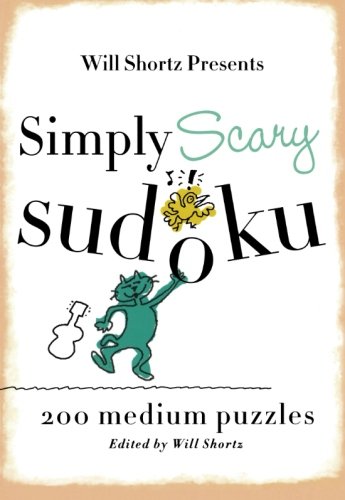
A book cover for Will Shortz Presents Simply Scary Sudoku: 200 Medium Puzzles; Humor & Entertainment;